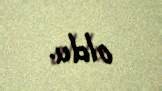
oldu.